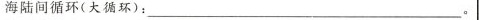
海陆间循环(大循环)：___